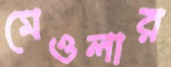
মেওলার